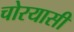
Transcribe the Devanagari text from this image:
चोरयासी